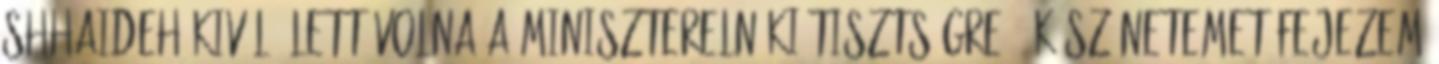
Shhaideh kiváló lett volna a miniszterelnöki tisztségre. „Köszönetemet fejezem